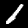
Digit: 1